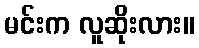
မင်းက လူဆိုးလား။